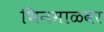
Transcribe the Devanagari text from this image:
भिनमाळवर